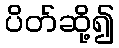
ပိတ်ဆို့၍